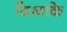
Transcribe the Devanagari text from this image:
दिखाके